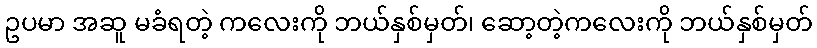
ဥပမာ အဆူ မခံရတဲ့ ကလေးကို ဘယ်နှစ်မှတ်၊ ဆော့တဲ့ကလေးကို ဘယ်နှစ်မှတ်